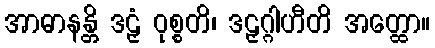
အာဓာနန္တိ ဒဠှံ ဝုစ္စတိ၊ ဒဠှဂ္ဂါဟီတိ အတ္ထော။